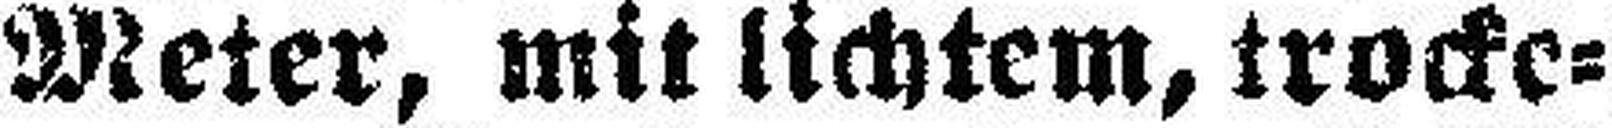
Meter, mit lichtem, trocke¬